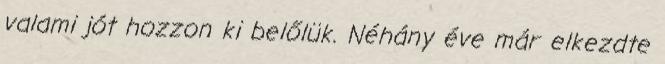
valami jót hozzon ki belőlük. Néhány éve már elkezdte